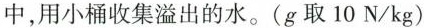
中，用小桶收集溢出的水。(g取10N/kg)